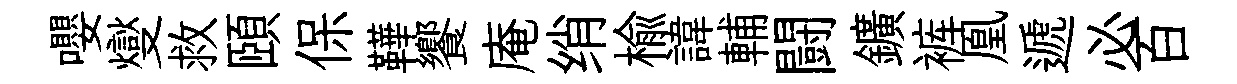
嚶燮救頤保鞾饗庵绡榆諱輔闘鑛裤凰遞必百